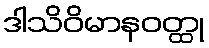
ဒါသိဝိမာနဝတ္ထု